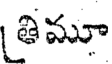
తిమూ